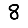
Digit: 8